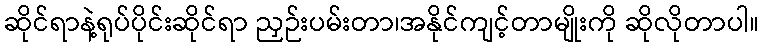
ဆိုင်ရာနဲ့ရုပ်ပိုင်းဆိုင်ရာ ညှဉ်းပမ်းတာ၊အနိုင်ကျင့်တာမျိုးကို ဆိုလိုတာပါ။